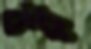
বর